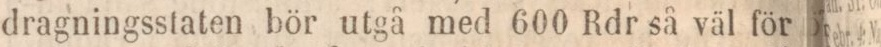
dragningsstaten bör utgå med 600 Rdr så väl för